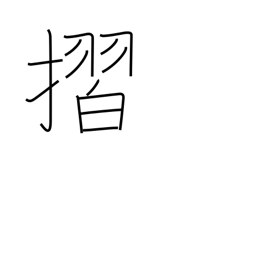
Meaning: rub